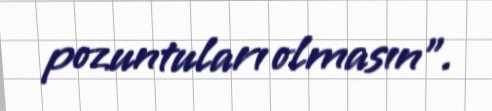
pozuntuları olmasın”.